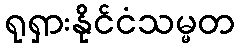
ရုရှားနိုင်ငံသမ္မတ